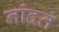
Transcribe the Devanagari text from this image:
नांदतं